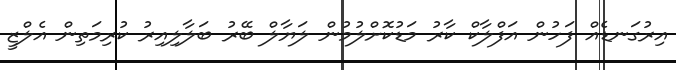
އިރުގަނޑެއް ފަހުން އަފްލާކް ކާރު މަޑުކޮށްލުމުން ލަޔާލް ބޭރު ބަލާލިއިރު ކުރިމަތިން އެލްޒީ